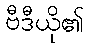
ဗီဒီယို၏